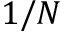
1 / N